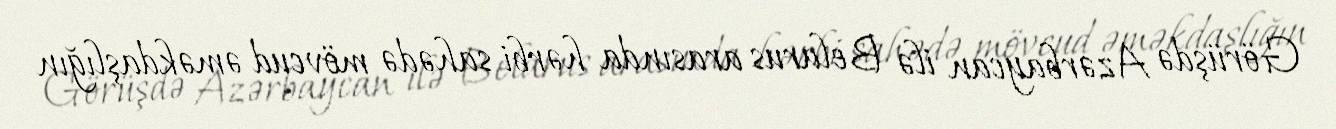
Görüşdə Azərbaycan ilə Belarus arasında hərbi sahədə mövcud əməkdaşlığın